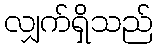
လျှက်ရှိသည်